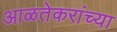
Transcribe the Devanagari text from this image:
आळतेकरांच्या